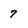
Character: 7